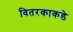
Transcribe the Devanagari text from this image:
वितरकाकडे